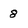
Character: 8